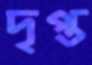
দৃপ্ত